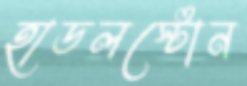
হাডলস্টোন